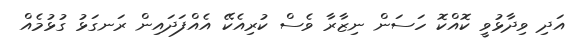
އަދި ވިދާޅުވީ ކޮއްކޮ ހަސަން ނިޒާރާ ވެސް ކުރިއެކޭ އެއްފަދައިން ރަނގަޅު ގުޅުމެއް